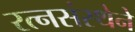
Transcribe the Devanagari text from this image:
रत्नसंस्थेने